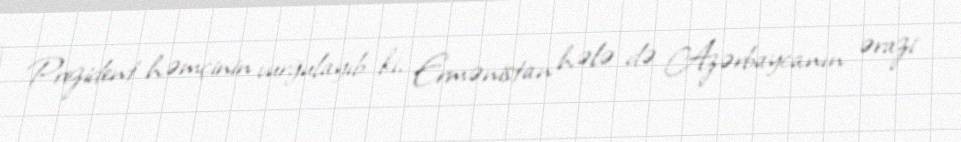
Prezident həmçinin vurğulayıb ki, Ermənistan hələ də Azərbaycanın ərazi